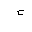
Letter: _hamza